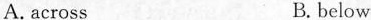
A.across B.below